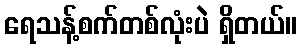
ရေသန့်စက်တစ်လုံးပဲ ရှိတယ်။